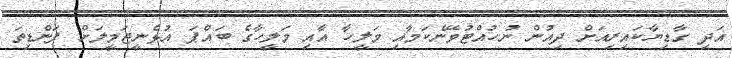
އަދި ގާޑިޔާކައިރިއަށް ދިއުން ނުހުއްޓުވޭނެކަމާއި މަލީހާ އާއި މަލީހާގެ ބައްޕަ އުޅެނީޖަމީލަށް ފަންޑިތަ